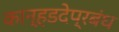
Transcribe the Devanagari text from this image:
कान्हडदेप्रबंध